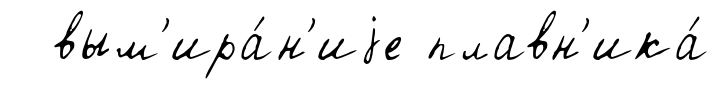
вым'ира́н'иjе плавн'ика́